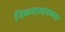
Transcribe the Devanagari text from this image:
निळ्यासावळ्या